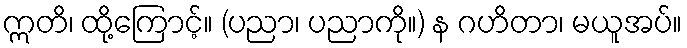
ဣတိ၊ ထို့ကြောင့်။ (ပညာ၊ ပညာကို။) န ဂဟိတာ၊ မယူအပ်။